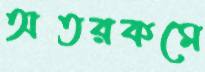
অতরকমে